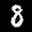
Label: 8